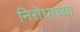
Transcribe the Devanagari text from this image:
निरोधाच्या